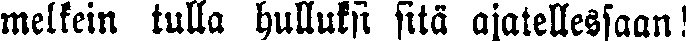
melkein tulla hulluksi sitä ajatellessaan!